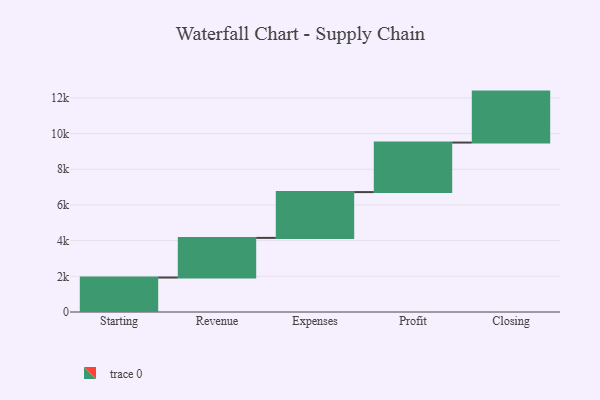
{"axis": {"x": "Step", "y": "Value"}, "legend": [""], "data": [{"x": "Starting", "y": 1932.0, "type": ""}, {"x": "Revenue", "y": 2221.0, "type": ""}, {"x": "Expenses", "y": 2568.0, "type": ""}, {"x": "Profit", "y": 2776.0, "type": ""}, {"x": "Closing", "y": 2856.0, "type": ""}]}